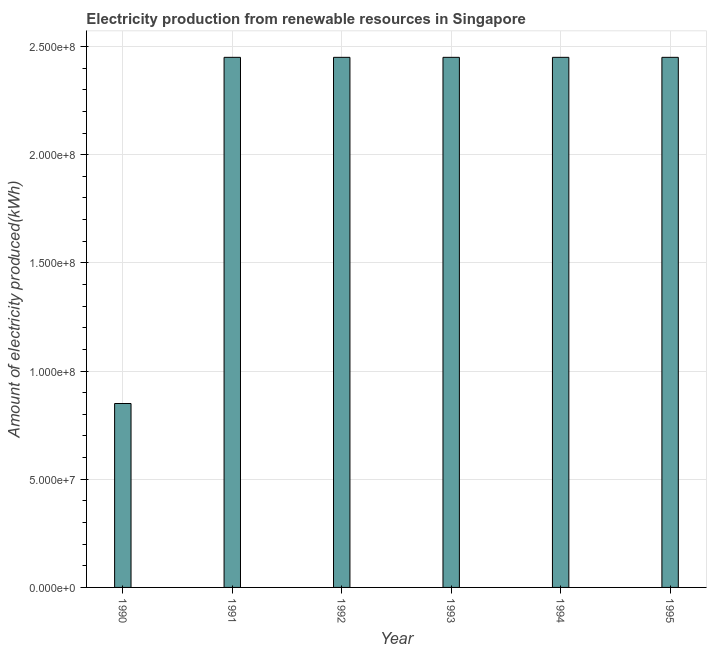
| Year | Electricity production from renewable sources |
 | --- | --- |
 | 1990 | 8.5e+07 |
 | 1991 | 2.45e+08 |
 | 1992 | 2.45e+08 |
 | 1993 | 2.45e+08 |
 | 1994 | 2.45e+08 |
 | 1995 | 2.45e+08 |